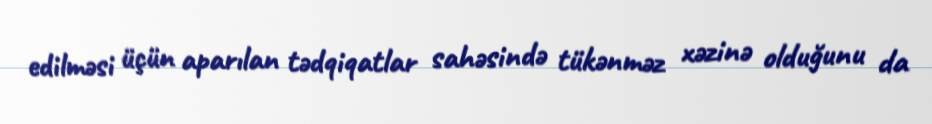
edilməsi üçün aparılan tədqiqatlar sahəsində tükənməz xəzinə olduğunu da